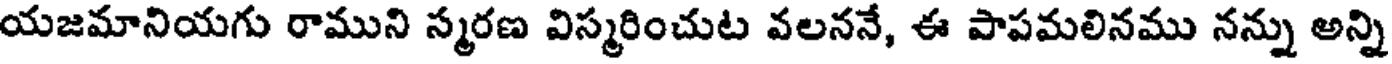
యజమానియగు రాముని స్మరణ విస్మరించుట వలననే, ఈ పాపమలినము నన్ను అన్ని